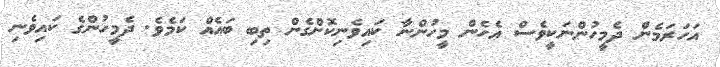
އަހަރަމެން ދެމީހުންނަކީވެސް އެހެން މީހުންނާ ކައިވެނިކޮށްގެން ތިބި ބައެއް ކަމެވެ. ދެމީހުންގެ ކައިވެނި